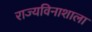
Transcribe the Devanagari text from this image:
राज्यविनाशाला